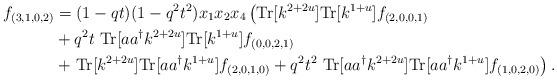
LaTeX: \begin{align*}f_{(3,1,0,2)}&=(1-q t) (1-q^{2} t^{2}) x_1 x_2 x_4\left({\rm Tr}[k^{2+2u} ]{\rm Tr}[k^{1+u}]f_{(2,0,0,1)}\right.\\&+q^2 t\ {\rm Tr}[a a^\dag k^{2+2u}]{\rm Tr}[k^{1+u}]f_{(0,0,2,1)}\\&+\left. {\rm Tr}[k^{2+2u}]{\rm Tr}[a a^\dag k^{1+u}]f_{(2,0,1,0)}+q^2 t^2\ {\rm Tr}[a a^\dag k^{2+2u}]{\rm Tr}[a a^\dag k^{1+u}]f_{(1,0,2,0)}\right).\end{align*}